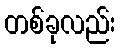
တစ်ခုလည်း